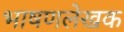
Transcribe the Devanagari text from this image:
भाषणलेखक